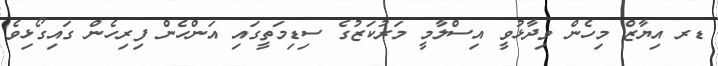
ޑރ އިޔާޒް މިހެން ވިދާޅުވީ އިސްލާމީ މަރުކަޒުގެ ސިޑިމަތީގައި އަންހެން ފިރިހެން ގައިގޯޅިވެ